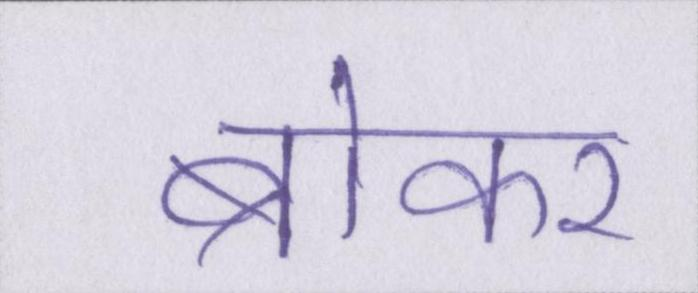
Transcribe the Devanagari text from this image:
ब्रोकर